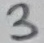
Text: 3